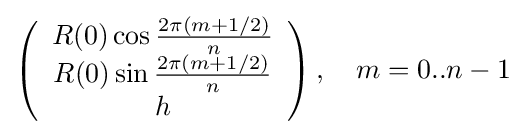
\left({\begin{array}{c}R(0)\cos {\frac {2\pi (m+1/2)}{n}}\\R(0)\sin {\frac {2\pi (m+1/2)}{n}}\\h\end{array}}\right),\quad m=0..n-1